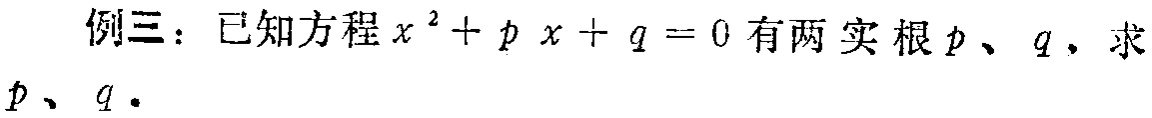
例三：已知方程\(x^{2}+p x + q = 0\)有两实根\(p\)、\(q\)，求\(p\)、\(q\)。